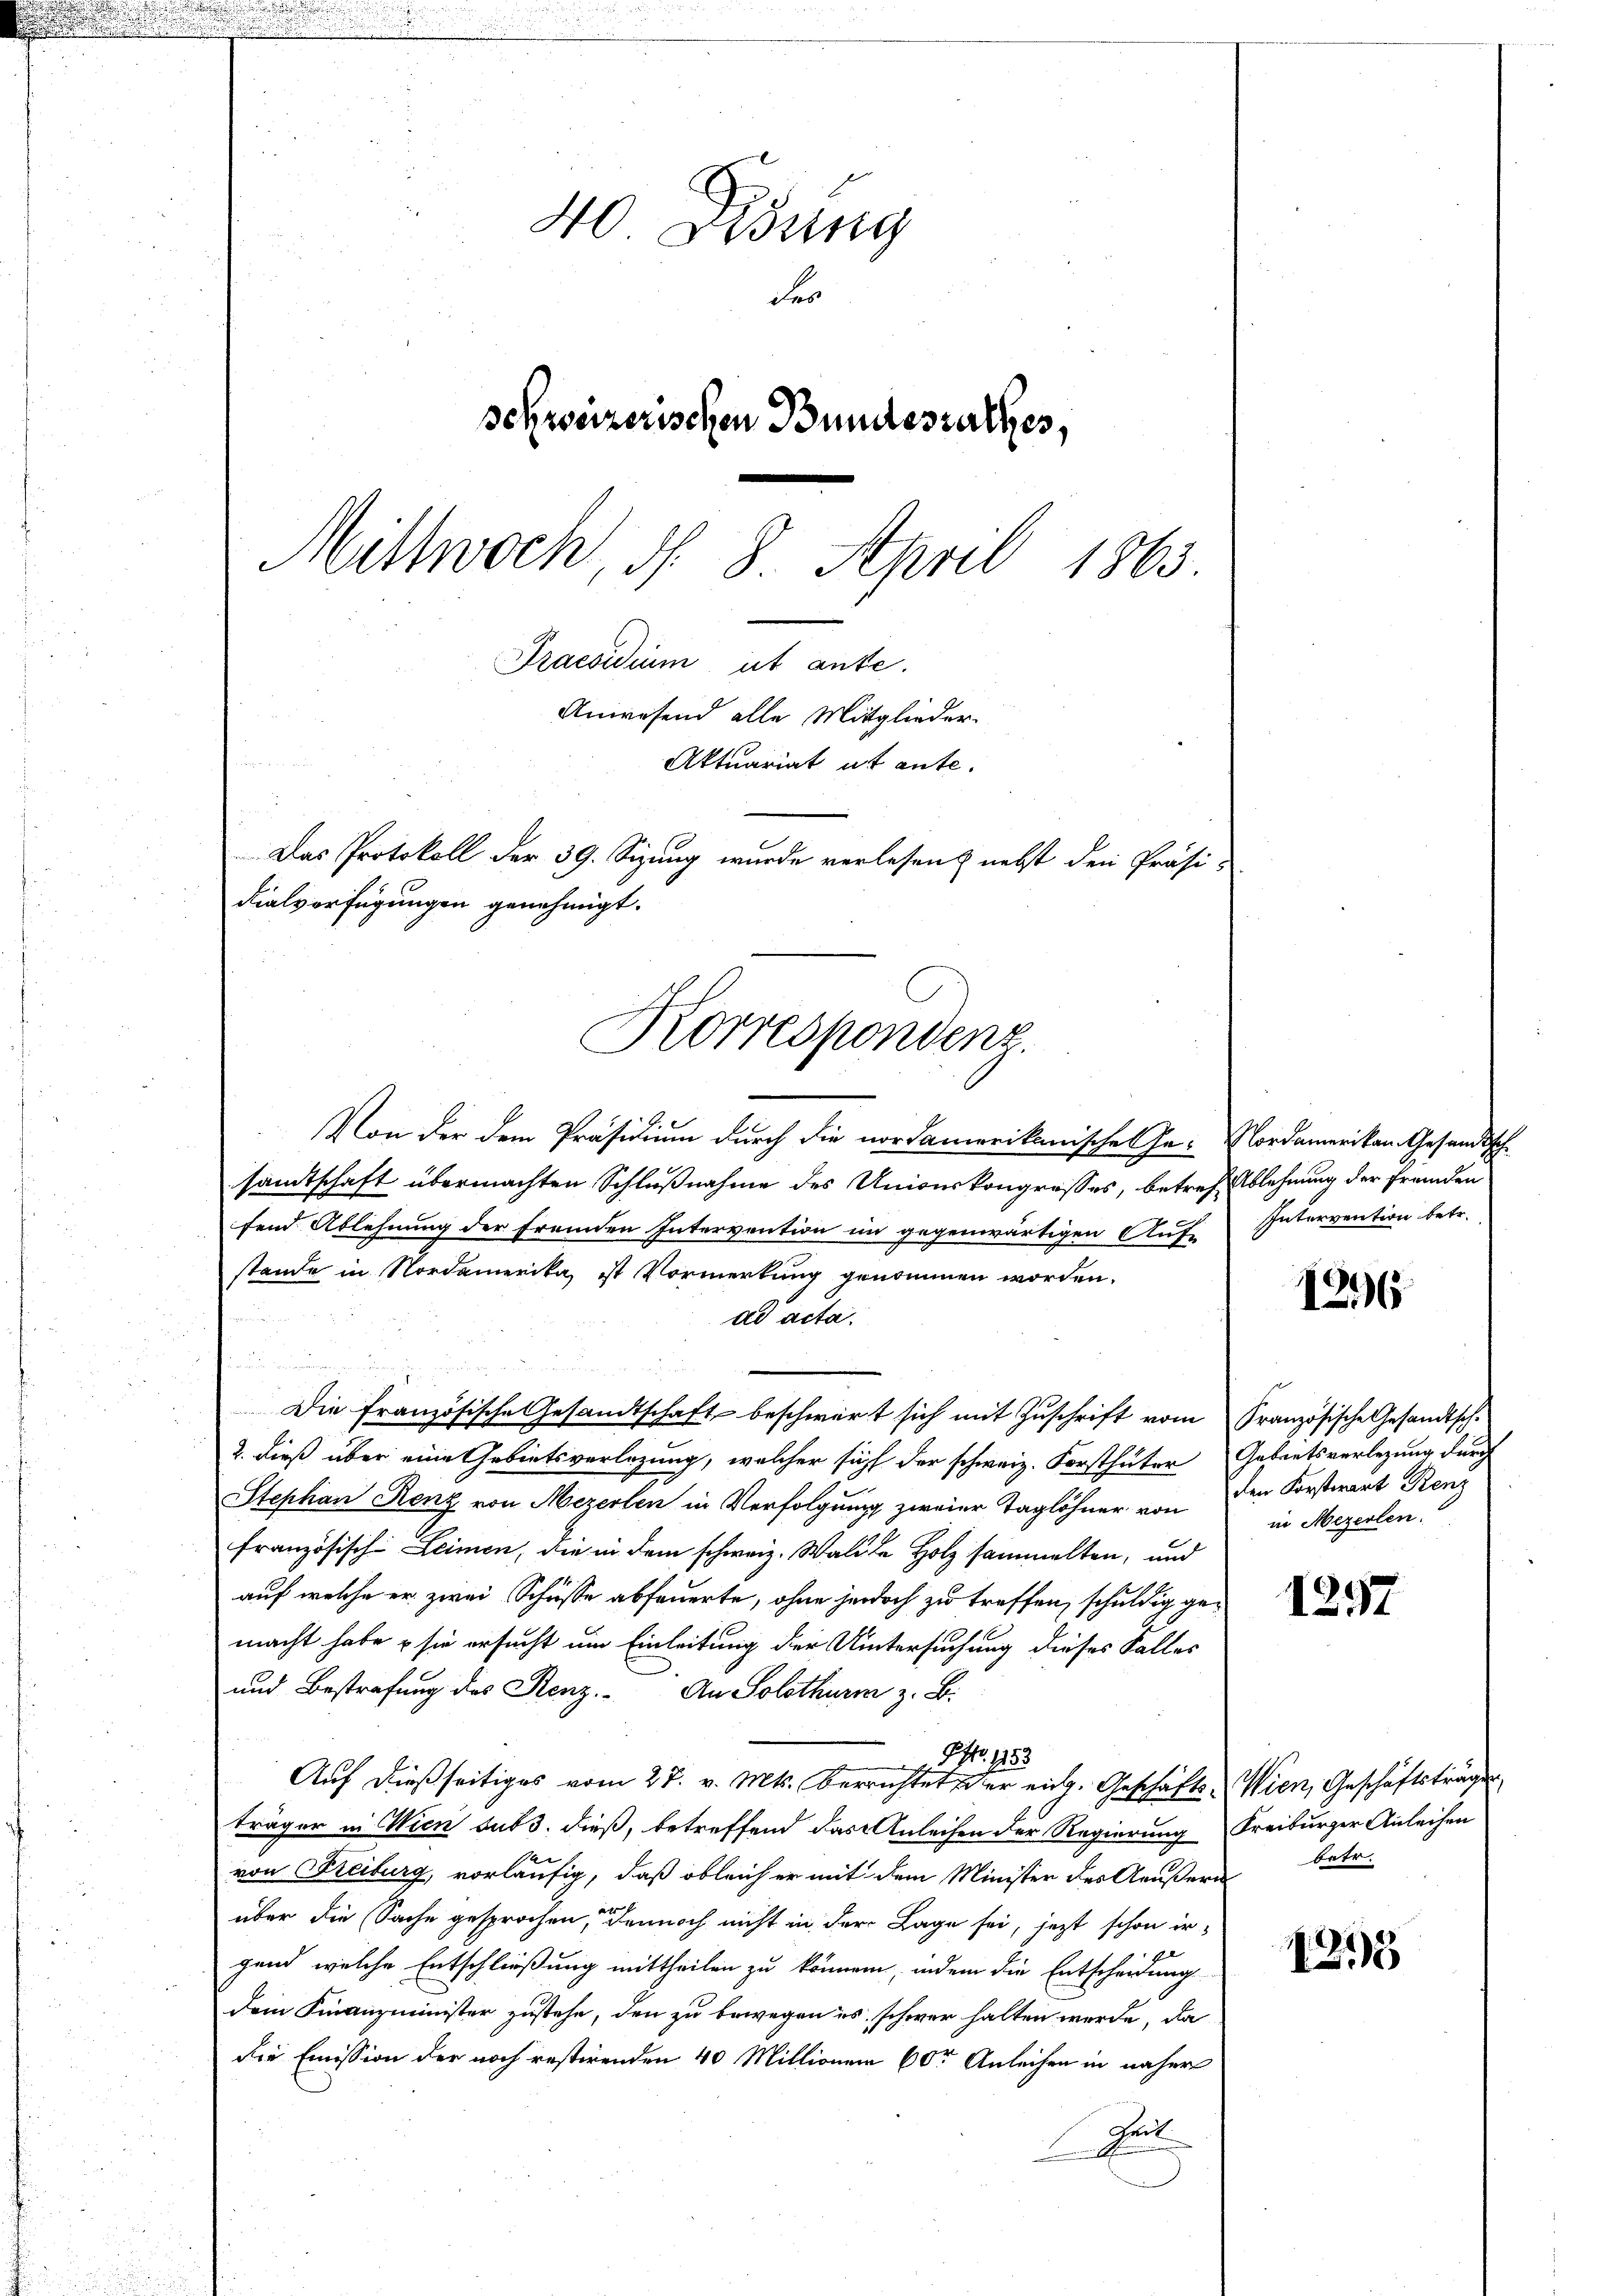
40 Didung
Fr
schweizerischen Bundesrathes,
Mittwoch, d. 8. April 1863.
Praesidium ut ante.
Anwesend alle Mitglieder
Aktuariat ut ante.
Das Protokoll der 39. Sizung wurde verlesen & nebst den Präsi-
dialverfügungen genehmigt.

Korrespondenz.

Von der dem Präsidium durch die nordamerikanische Ge-
samtschaft übermachten Schlußnahme des Unionskongresses, betreffend Ablehnung der fremden Intervention im gegenwärtigen Auf-
stände in Nordamerika, ist Vormerkung genommen worden.
ad acta.
u
Die französische Gesandtschaft beschwert sich mit Zŭschrift vom Französische Gesandtsch-
2. dieß über eine Gebietsverlegung, welcher sich der schweiz. Forsthäter
SStephan Renz von Mezerten in Verfolgung zweier Taglöhner von
französische Leimen, die in dem schweiz. Waldte Holz sammelten, und
auf welche er zwei Schüsse abfeuerte, ohne jedoch zu treffen, schuldig gemacht habe & sie ersucht um Einleitung der Untersuchung dieses Falles
und Bestrafung des Renz. An Solothurm z. B.
Pfr. 1253
Auf dießseitiges vom 27. v. Mts. Verrichtet der eidg. Geschäftsträger in Wien sub 3. dieß, betreffend das Anleihen der Regierung
von Freiburg, vorläufig, daß obleich er mit dem Minister des Aeußern
über die Sache gesprochen, dennoch nicht in der Lage sei, jezt schon irgend welche Entschließung mittheilen zu können, indem die Entscheidung
dem Finanzminister zustehe, den zu bewegen es schwer halten werde, da
die Emission der noch restirenden 40 Millionen 60te Anleihen in näher
Fet

Nordamerikan Gesandtsch.
Ablehnung der Fremden
Intervention betr.

1296

Gebietsverlegung durch
den Forstwart Renz
in Mezerlen.

1257

Wien, Geschäftsträgen
Freiburger Anleihen
betr.

1215